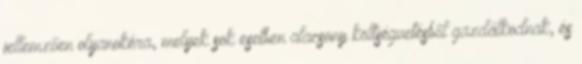
jellemzően olyanokéra, melyek sok esetben alacsony költségvetésből gazdálkodnak, és